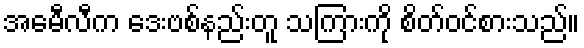
အေမီလီက ဒေးဗစ်နည်းတူ သကြားကို စိတ်ဝင်စားသည်။